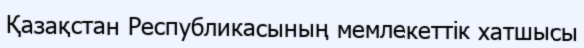
Қазақстан Республикасының мемлекеттік хатшысы